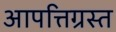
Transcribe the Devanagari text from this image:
आपत्तिग्रस्त